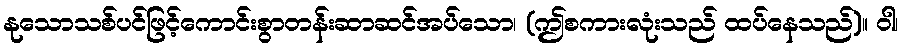
နုသောသစ်ပင်ဖြင့်ကောင်းစွာတန်းဆာဆင်အပ်သော၊ (ဤစကားလုံးသည် ထပ်နေသည်)။ ဝါ၊